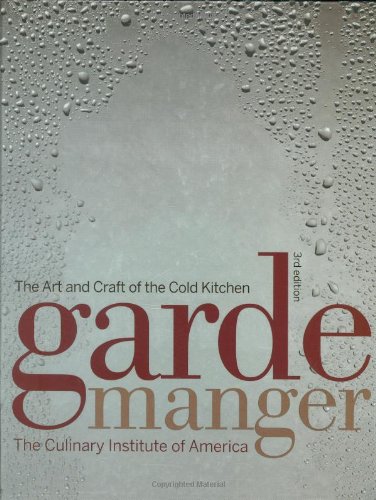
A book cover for Garde Manger: The Art and Craft of the Cold Kitchen (Culinary Institute of America); The Culinary Institute of America; Cookbooks, Food & Wine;